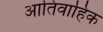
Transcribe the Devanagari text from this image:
आतिवाहिक